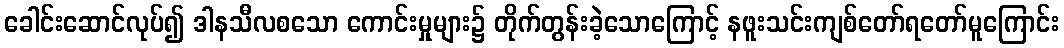
ခေါင်းဆောင်လုပ်၍ ဒါနသီလစသော ကောင်းမှုများ၌ တိုက်တွန်းခဲ့သောကြောင့် နဖူးသင်းကျစ်တော်ရတော်မူကြောင်း